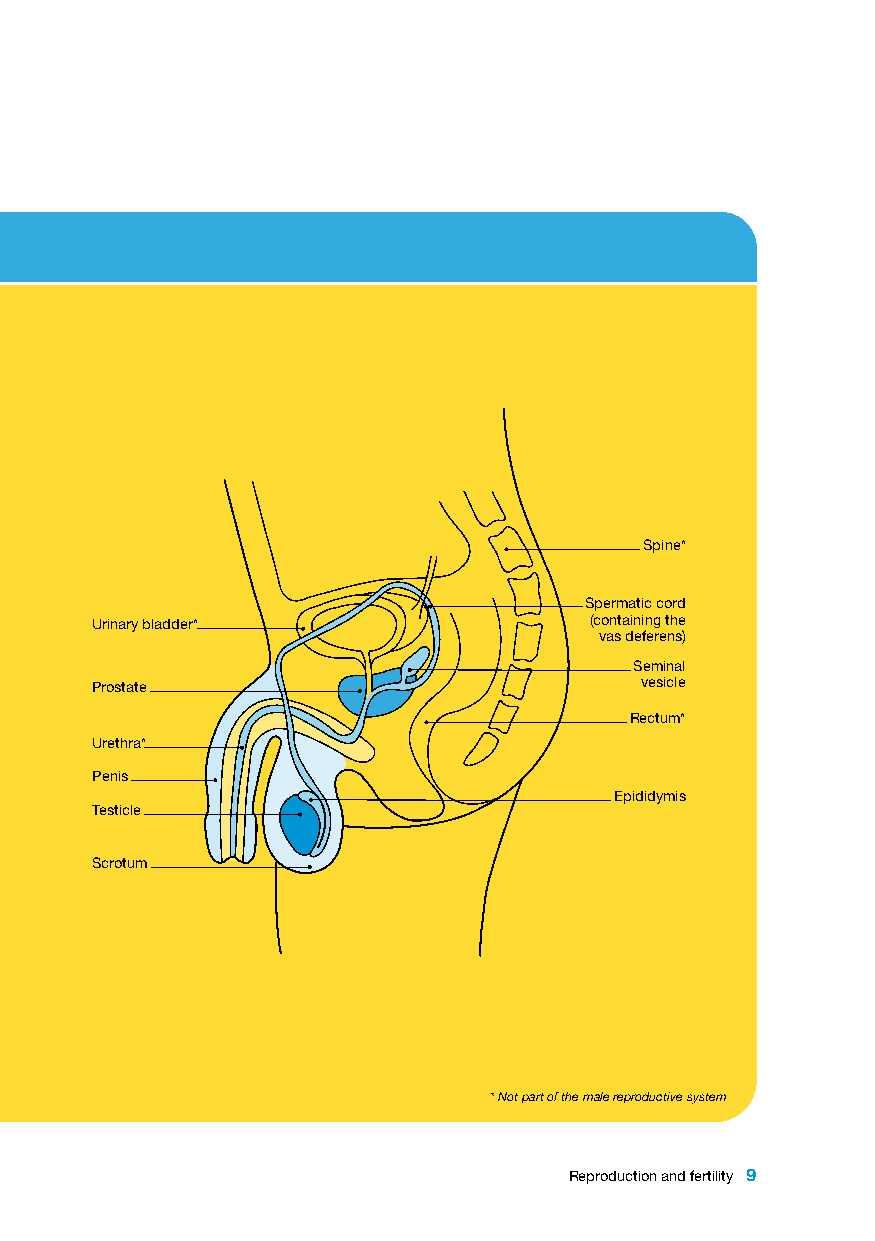
Spine*
 Spermatic cord
 Urinary bladder*                 (containing the
 vas deferens)
 Seminal
 Prostate                            vesicle
 Rectum*
 Urethra*
 Penis
 Epididymis
 Testicle
 Scrotum
 * Not part of the male reproductive system
 Reproduction and fertility 9